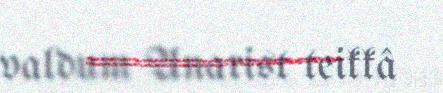
valdum Anarist teikkâ